Civil Veterinary Dept. North-West Frontier Province 1933-46 - 1933-1946
Year: 1933
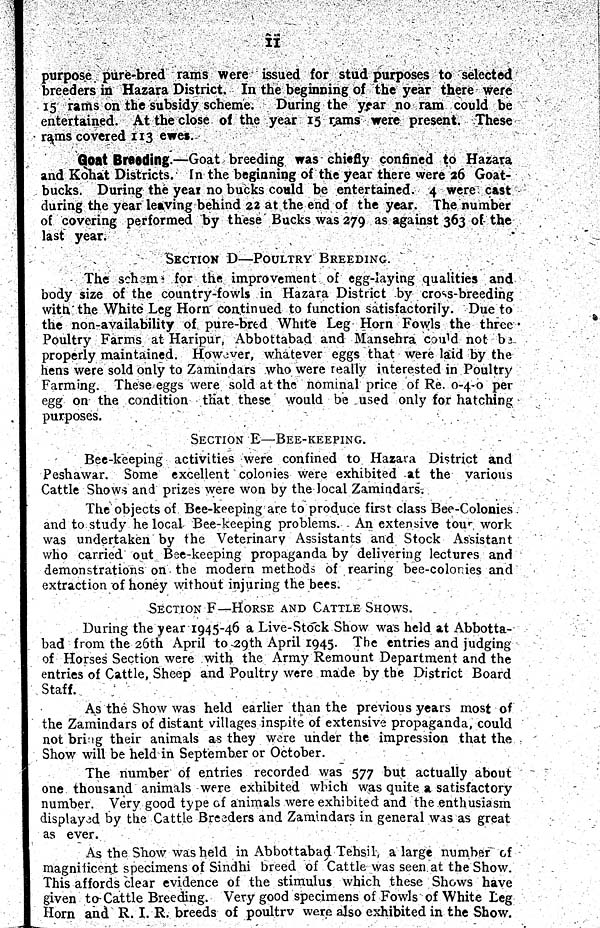
11
purpose pure-bred rams were issued for stud purposes to selected
breeders in Hazara District. In the beginning of the year there were
15 rams on the subsidy scheme.
During the year no ram could be
entertained. At the close of the year 15 rams were present. These
rams covered 113 ewes.
Goat Breading.—Goat breeding was chiefly confined to Hazara
and Kohat Districts. In the beginning of the year there were 26 Goat-
bucks. During the year no bucks could be entertained. 4 were cast
during the year leaving behind 22 at the end of the year. The number
of covering performed by these Bucks was 279 as against 363 of the
last year.
SECTION D––POULTRY BREEDING.
The scheme for the improvement of egg-laying qualities and
body size of the country-fowls in Hazara District by cross-breeding
with the White Leg Horn continued to function satisfactorily. Due to
the non-availability of pure-bred White Leg Horn Fowls the three
Poultry Farms at Haripur, Abbottabad and Mansehra could not be
properly maintained. However, whatever eggs that were laid by the
hens were sold only to Zamindars who were really interested in Poultry
Farming. These eggs were sold at the nominal price of Re. 0-4-0 per
egg on the condition that these would be used only for hatching
purposes.
SECTION E––BEE-KEEPING.
Bee-keeping activities were confined to Hazara District and
Peshawar. Some excellent colonies were exhibited at the various
Cattle Shows and prizes were won by the local Zamindars.
The objects of Bee-keeping are to produce first class Bee-Colonies
and to study he local Bee-keeping problems. An extensive tour work
was undertaken by the Veterinary Assistants and Stock Assistant
who carried out Bee-keeping propaganda by delivering lectures and
demonstrations on the modern methods of rearing bee-colonies and
extraction of honey without injuring the bees.
SECTION F––HORSE AND CATTLE SHOWS.
During the year 1945-46 a Live-Stock Show was held at Abbotta-
bad from the 26th April to 29th April 1945. The entries and judging
of Horses Section were with the Army Remount Department and the
entries of Cattle, Sheep and Poultry were made by the District Board
Staff.
As the Show was held earlier than the previous years most of
the Zamindars of distant villages inspite of extensive propaganda, could
not bring their animals as they were under the impression that the
Show will be held in September or October.
The number of entries recorded was 577 but actually about
one thousand animals were exhibited which was quite a satisfactory
number. Very good type of animals were exhibited and the enthusiasm
displayed by the Cattle Breeders and Zamindars in general was as great
as ever.
As the Show was held in Abbottabad Tehsil, a large number of
magnificent specimens of Sindhi breed of Cattle was seen at the Show.
This affords clear evidence of the stimulus which these Shows have
given to Cattle Breeding. Very good specimens of Fowls of White Leg
Horn and R. I. R. breeds of poultry were also exhibited in the Show.